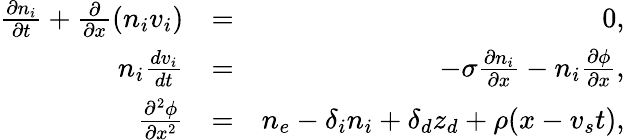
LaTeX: \begin{array}{rlr}{\frac{\partial n_{i}}{\partial t}+\frac{\partial}{\partial x}(n_{i}v_{i})}&{=}&{0,}\\ {n_{i}\frac{dv_{i}}{dt}}&{=}&{-\sigma\frac{\partial n_{i}}{\partial x}-n_{i}\frac{\partial\phi}{\partial x},}\\ {\frac{\partial^{2}\phi}{\partial x^{2}}}&{=}&{n_{e}-\delta_{i}n_{i}+\delta_{d}z_{d}+\rho(x-v_{s}t),}\end{array}